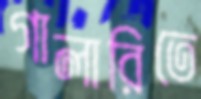
গালারিতে